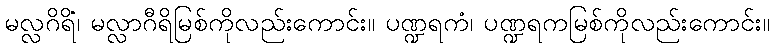
မလ္လဂိရိံ၊ မလ္လာဂီရိမြစ်ကိုလည်းကောင်း။ ပဏ္ဍရကံ၊ ပဏ္ဍရကမြစ်ကိုလည်းကောင်း။